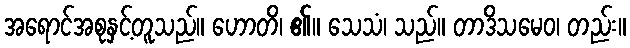
အရောင်အစုနှင့်တူသည်။ ဟောတိ၊ ၏။ သေသံ၊ သည်။ တာဒိသမေဝ၊ တည်း။